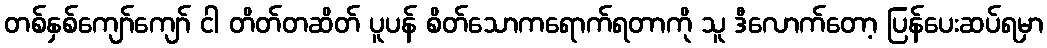
တစ်နှစ်ကျော်ကျော် ငါ တိတ်တဆိတ် ပူပန် စိတ်သောကရောက်ရတာကို သူ ဒီလောက်တော့ ပြန်ပေးဆပ်ရမှာ